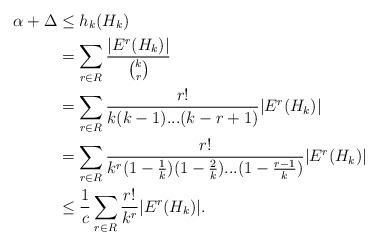
LaTeX: \begin{align*}\alpha+\Delta &\leq h_{k}(H_{k}) \\ &= \sum_{r\in R} \frac{|E^{r}(H_{k})|}{\binom{k}{r}} \\ &= \sum_{r\in R} \frac{r!}{k(k-1)...(k-r+1)}|E^{r}(H_{k})| \\ &= \sum_{r\in R} \frac{r!}{k^{r}(1-\frac{1}{k})(1-\frac{2}{k})...(1-\frac{r-1}{k})}|E^{r}(H_{k})| \\ &\leq \frac{1}{c} \sum_{r\in R}\frac{r!}{k^{r}} |E^{r}(H_{k})|.\end{align*}